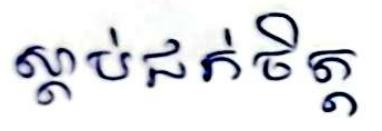
ស្ដាប់ជក់ចិត្ត